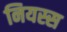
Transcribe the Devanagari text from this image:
नियस्स